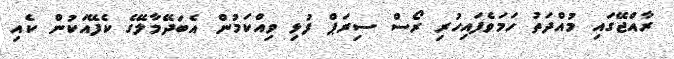
ރާއްޖޭގައި މުއްދަތު ހަމަވެފައިހުރި ރޯސް ސިރަޕް ފުޅި ވިއްކަމުން އެބަދޭމާލޭގެ ކެފޭއަކުން ކެއި